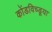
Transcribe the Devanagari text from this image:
कोंडविच्डूया